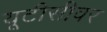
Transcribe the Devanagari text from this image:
यूटीसीवर